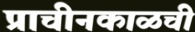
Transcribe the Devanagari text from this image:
प्राचीनकाळची